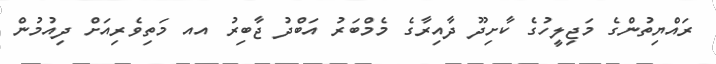
ރައްޔިތުންގެ މަޖިލީހުގެ ކާށިދޫ ދާއިރާގެ މެމްބަރު އަބްދު ޖާބިރު އއ މަތިވެރިއަށް ދިއުމުން